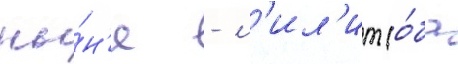
ны́н'е - л'ил'ит (о́ба